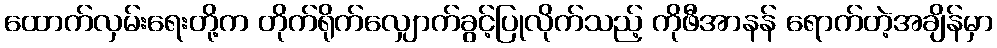
ထောက်လှမ်းရေးတို့က တိုက်ရိုက်လျှောက်ခွင့်ပြုလိုက်သည့် ကိုဖီအာနန် ရောက်တဲ့အချိန်မှာ